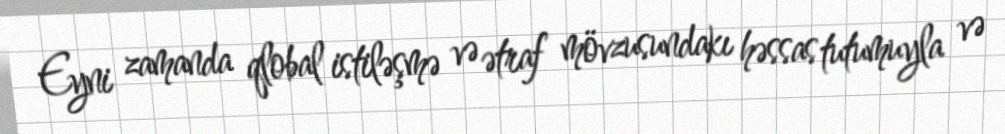
Eyni zamanda qlobal istiləşmə və ətraf mövzusundakı həssas tutumuyla və